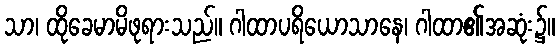
သာ၊ ထိုခေမာမိဖုရားသည်။ ဂါထာပရိယောသာနေ၊ ဂါထာ၏အဆုံး၌။